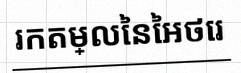
រកតម្លៃនៃអថេរ